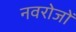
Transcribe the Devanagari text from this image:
नवरोजों